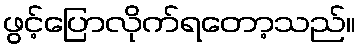
ဖွင့်ပြောလိုက်ရတော့သည်။